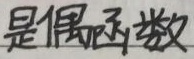
是偶函数